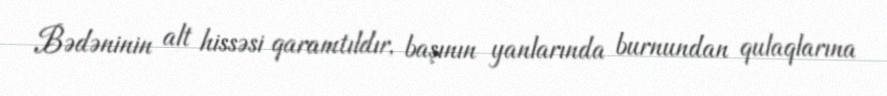
Bədəninin alt hissəsi qaramtıldır, başının yanlarında burnundan qulaqlarına